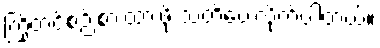
ကြိုတင်စဉ်းစားထားဖို့ သတိပေးလိုက်ပါတယ်။